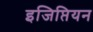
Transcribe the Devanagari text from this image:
इजिप्तियन